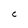
Character: C